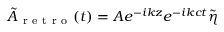
\tilde { A } _ { \mathrm { ~ r ~ e ~ t ~ r ~ o ~ } } ( t ) = A e ^ { - i k z } e ^ { - i k c t } \tilde { \eta }